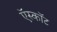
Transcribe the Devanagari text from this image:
ऍस्कॉट